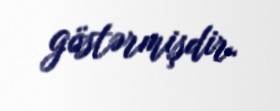
göstərmişdir.